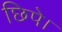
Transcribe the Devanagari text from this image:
छिपे।